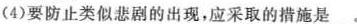
(4)要防止类似悲剧的出现，应采取的措施是___。